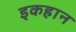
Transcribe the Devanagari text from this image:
इकहान